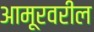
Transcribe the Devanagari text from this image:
आमूरवरील